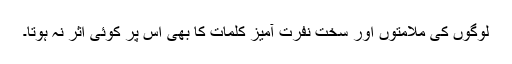
لوگوں کی ملامتوں اور سخت نفرت آمیز کلمات کا بھی اس پر کوئی اثر نہ ہوتا۔